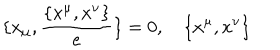
LaTeX: \{ x _ { \mu } , \frac { \{ x ^ { \mu } , x ^ { \nu } \} } { e } \} = 0 , \quad { \{ x ^ { \mu } , x ^ { \nu } \} }